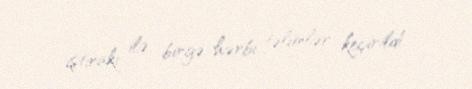
iştirakı ilə birgə hərbi təlimlər keçirildi.